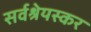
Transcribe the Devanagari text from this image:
सर्वश्रेयस्कर